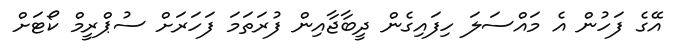
އޭގެ ފަހުން އެ މައްސަލަ ހިފައިގެން ދީބާޖާއިން ފުރަތަމަ ފަހަރަށް ސުޕްރީމް ކޯޓަށް